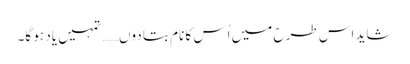
شاید اس طرح میں اُس کا نام بتا دوں…… تمہیں یاد ہو گا۔